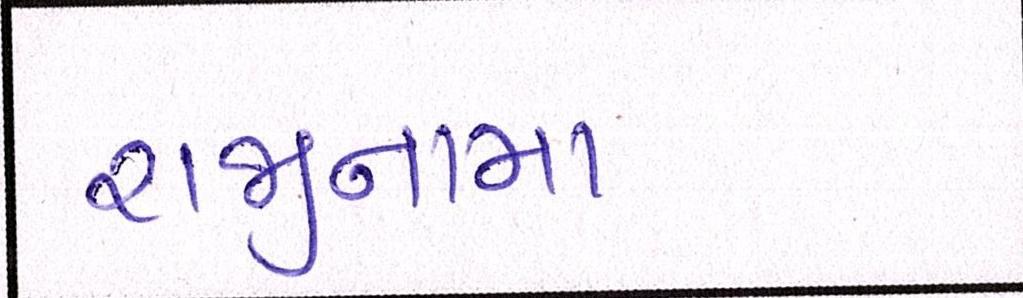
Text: રાજીનામા